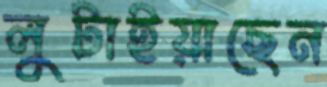
লুটাইয়াছেন